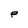
Character: p